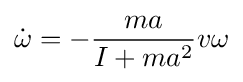
{\dot {\omega }}=-{\frac {ma}{I+ma^{2}}}v\omega